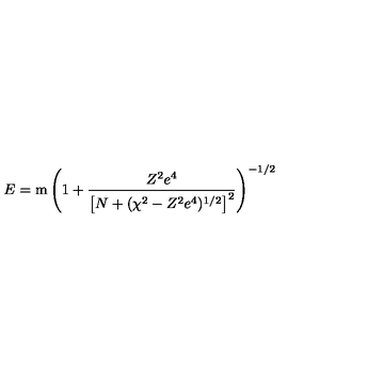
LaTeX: E = \mathrm { m } \left( 1 + \frac { Z ^ { 2 } e ^ { 4 } } { \left[ N + ( \chi ^ { 2 } - Z ^ { 2 } e ^ { 4 } ) ^ { 1 / 2 } \right] ^ { 2 } } \right) ^ { - 1 / 2 }